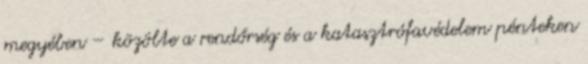
megyében – közölte a rendőrség és a katasztrófavédelem pénteken